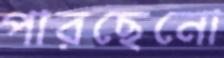
পারছেনো